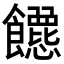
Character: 𬲡